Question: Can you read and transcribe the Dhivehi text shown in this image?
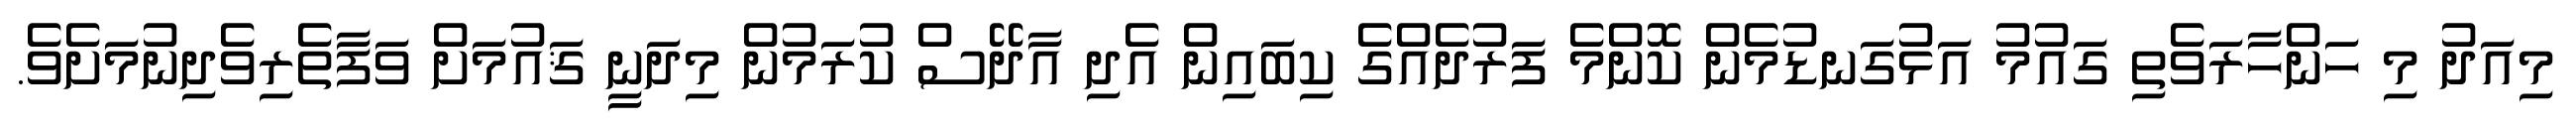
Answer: މިއަދު މި ހަންހާރަވެތި ގައުމު އަޅުގަނޑުމެން ކޮންމެ ފަރުދެއްގެ ކިބައިން އެދި އާދޭސް ކުރަމުން މިދަނީ ޤައުމަށް ވަފާތެރިވެދިނުމަށެވެ.